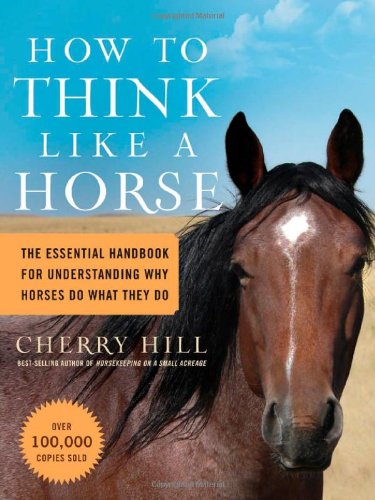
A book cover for How to Think Like A Horse: The Essential Handbook for Understanding Why Horses Do What They Do; Cherry Hill; Crafts, Hobbies & Home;